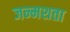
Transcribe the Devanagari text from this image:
जन्मशता